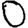
Digit: 0